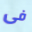
فى